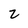
Character: 2